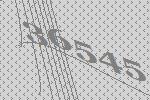
36545